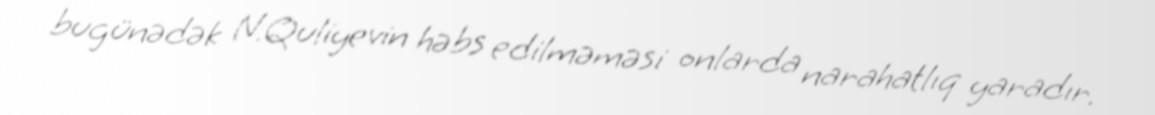
bugünədək N.Quliyevin həbs edilməməsi onlarda narahatlıq yaradır.